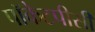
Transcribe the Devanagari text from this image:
पॉकेटपीसी